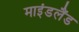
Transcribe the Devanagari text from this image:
माइंडलैंड